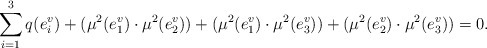
\begin{align*}\sum_{i=1}^3q(e_i^v)+(\mu^2(e_1^v)\cdot \mu^2(e_2^v))+(\mu^2(e_1^v)\cdot \mu^2(e_3^v))+(\mu^2(e_2^v)\cdot \mu^2(e_3^v))=0.\end{align*}